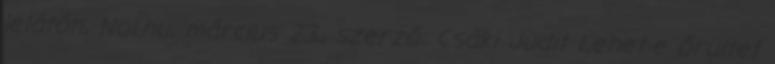
lelátón, Nol.hu, március 23., szerző: Csáki Judit Lehet-e őrültet